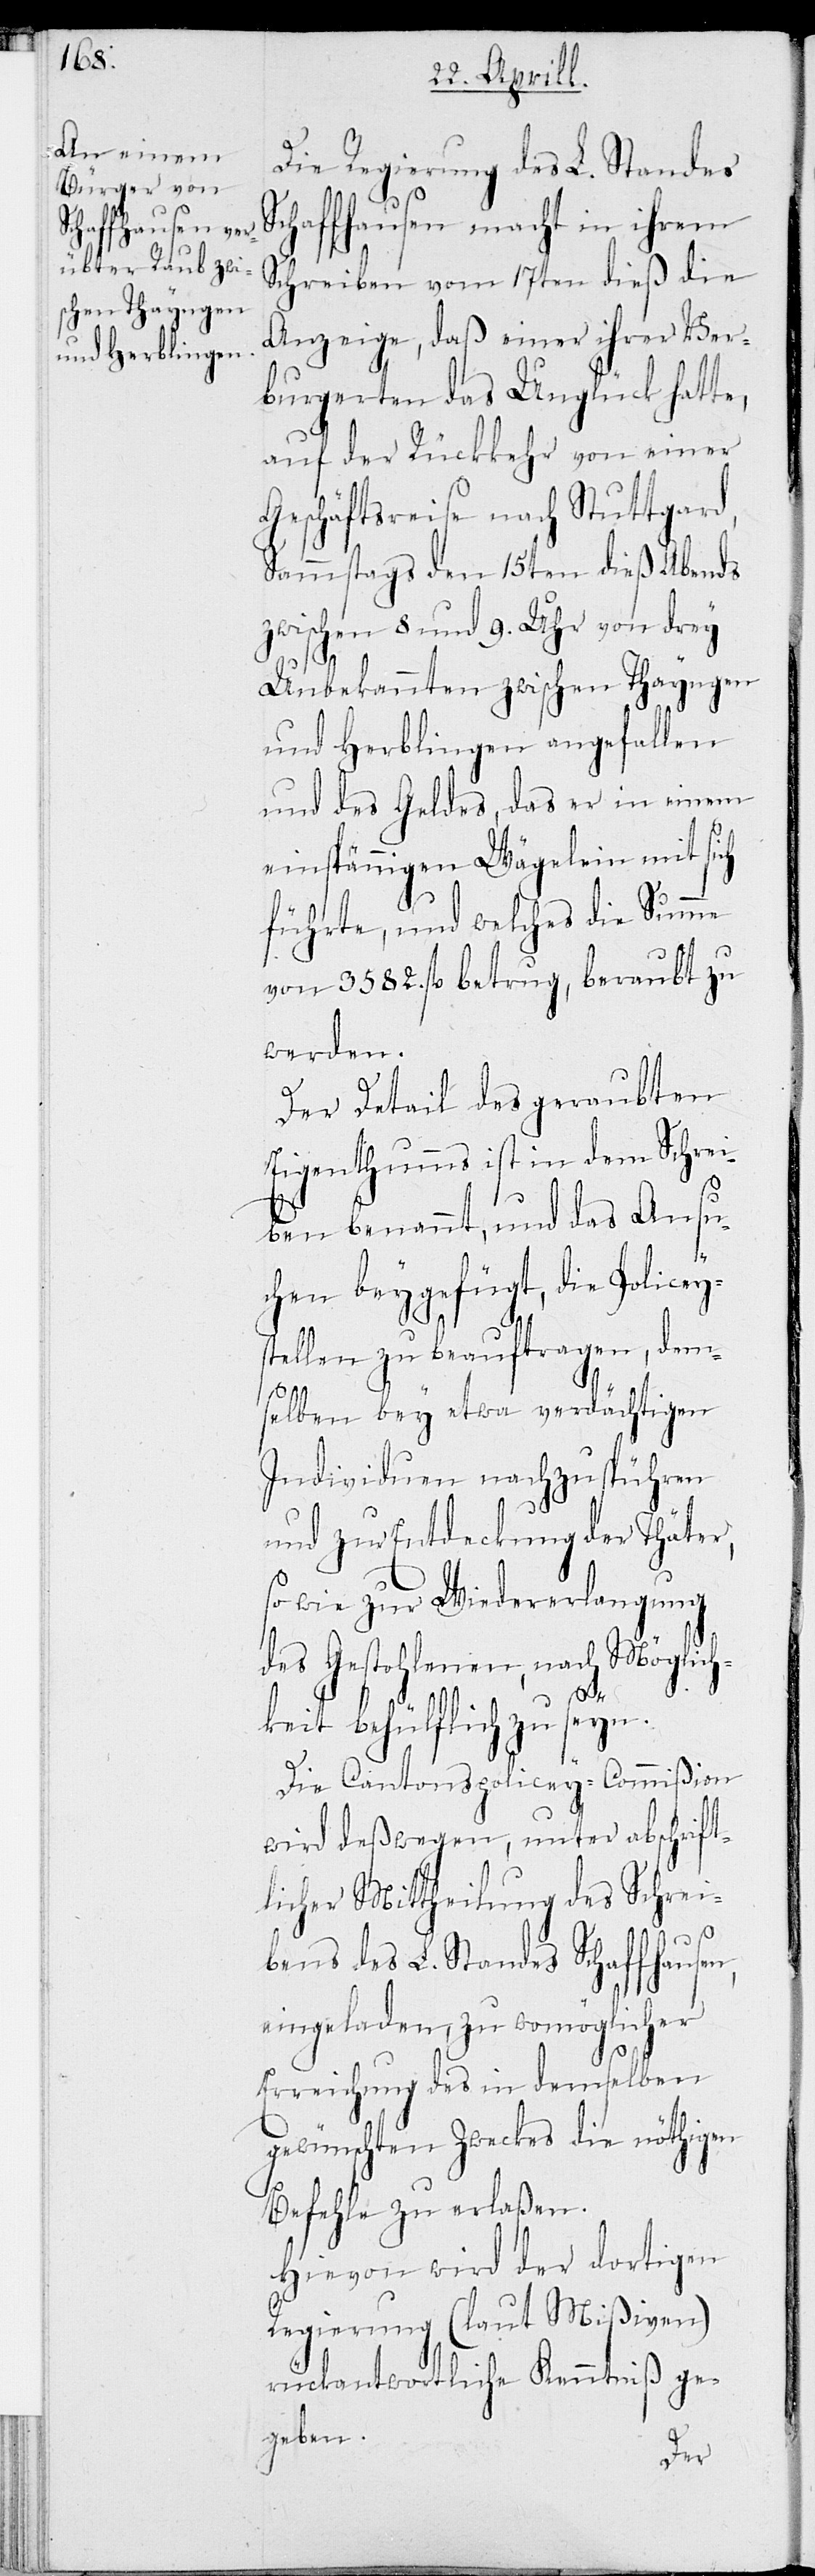
Die Regierung des L. Standes
Schaffhausen macht in ihrem
Schreiben vom 17ten dieß die
Anzeige, daß einer ihrer Ver¬
burgerten das Unglück hatte,
auf der Rückkehr von einer
Geschäftsreise nach Stuttgard,
Sammstags den 15ten dieß Abends
zwischen 8 und 9 Uhr von drey
Unbekannten zwischen Thayngen
und Herblingen angefallen
und des Geldes, das er in einem
einspännigen Wägelein mit sich
führte, und welches die Summe
von 3582. fl betrug, beraubt zu
werden.
Der Detail des geraubten
Eigenthumms ist in dem Schrei¬
ben benannt, und das Ansu¬
chen beygefügt, die Policeys¬
tellen zu beauftragen, dem¬
selben bey etwa verdächtigen
Individuen nachzuspühren,
und zur Entdeckung der Thäter,
so wie zur Wiedererlangung
des Gestohlenen, nach Möglich¬
keit behülflich zu seyn.
Die Cantonspolicey-Commißion
wird deßwegen, unter abschrift¬
licher Mittheilung des Schrei¬
bens des L. Standes Schaffhausen,
eingeladen, zu womöglicher
Erreichung des in demselben
gewünschten Zwecks die nöthigen
Befehle zu erlaßen.
Hievon wird der dortigen
Regierung (laut Mißiven)
rückantwortlich Kenntniß ge¬
geben.